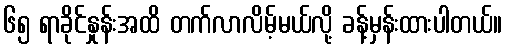
၆၅ ရာခိုင်နှုန်းအထိ တက်လာလိမ့်မယ်လို့ ခန့်မှန်းထားပါတယ်။